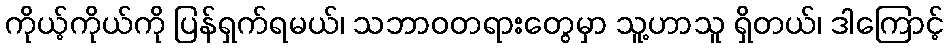
ကိုယ့်ကိုယ်ကို ပြန်ရှက်ရမယ်၊ သဘာဝတရားတွေမှာ သူ့ဟာသူ ရှိတယ်၊ ဒါကြောင့်